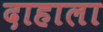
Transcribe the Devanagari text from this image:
दाहाला